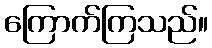
ကြောက်ကြသည်။